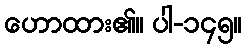
ဟောထား၏။ ပါ-၁၄၅။